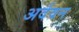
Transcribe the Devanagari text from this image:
अर्दवन